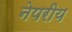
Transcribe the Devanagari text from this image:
नेपरीय